Vaccination United Provinces of Agra and Oudh 1902-1913 - 1902-1913
Year: 1902
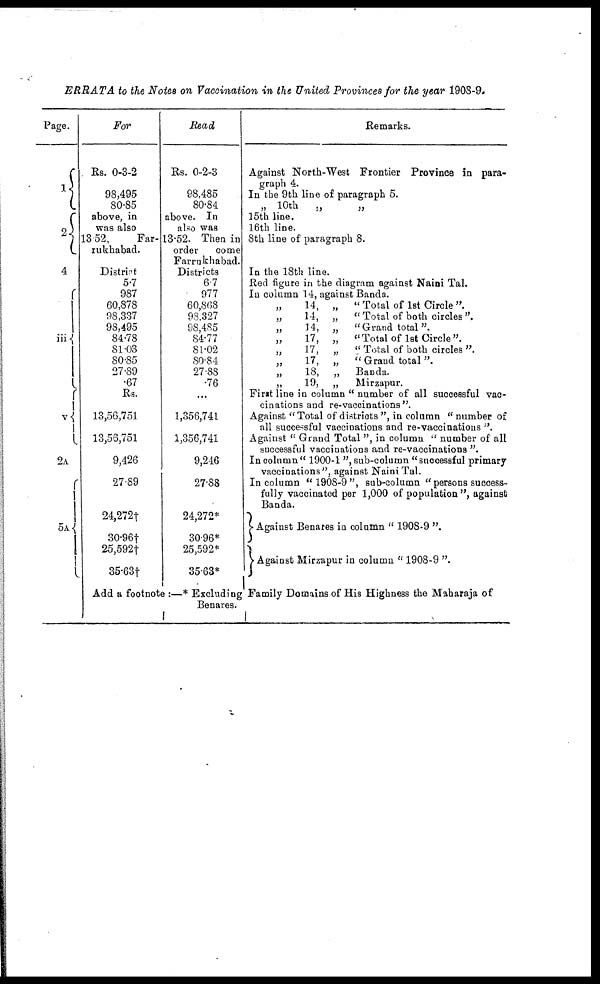
ERRATA to the Notes on Vaccination in the United Provinces for the year 1908-9.
Page.
1
2
4
iii
v
2A
5A
For
Rs. 0-3-2
98,495
80.85
above, in
was also
13 52,
Far-
rukhabad.
District
5.7
987
60,878
98,337
98,495
84.78
81.03
80.85
27.89
.67
Rs.
13,56,751
13,56,751
9,426
27.89
24,272†
30.96†
25,592†
35.63†
Read
Rs. 0-2-3
98,485
80.84
above. In
also was
13.52. Then in
order
come
Farrukhabad.
Districts
6.7
977
60,868
93,327
98,485
84.77
81.02
80.84
27.88
.76
...
1,356,741
1,356,741
9,246
27.88
24,272*
30.96*
25,592*
35.63*
Remarks.
Against North-West Frontier Province in para-
graph 4.
In the 9th line of paragraph 5.
„ 10th
„
„
15th line.
16th line.
8th line of paragraph 8.
In the 18th line.
Red figure in the diagram against Naini Tal.
In column 14, against Banda.
„ 14, „
" Total of 1st Circle ".
„
14, „
" Total of both circles".
„
14, „ "Grand total".
„
17,
„
"Total of 1st Circle".
„
17,
„
" Total of both circles".
„
17, „ "Grand total".
„
18,
„
Banda.
„
19, „
Mirzapur.
First line in column " number of all successful vac-
cinations and re-vaccinations".
Against "Total of districts ", in column " number of
all successful vaccinations and re-vaccinations ".
Against " Grand Total ", in column " number of all
successful vaccinations and re-vaccinations ".
In column" 1900-1 ", sub-column "successful primary
vaccinations", against Naini Tal.
In column "1908-9", sub-column " persons success-
fully vaccinated per 1,000 of population ", against
Banda.
Against Benares in column " 1908-9 ".
Against Mirzapur in column " 1908-9 ".
Add a footnote :—* Excluding Family Domains of His Highness the Maharaja of
Benares.